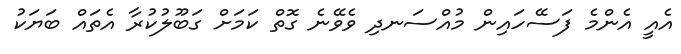
އެއީ އެންމެ ފަސޭހައިން މުއްސަނދި ވެވޭނެ ގޮތް ކަމަށް ގަބޫލުކުރާ އެތައް ބަޔަކު